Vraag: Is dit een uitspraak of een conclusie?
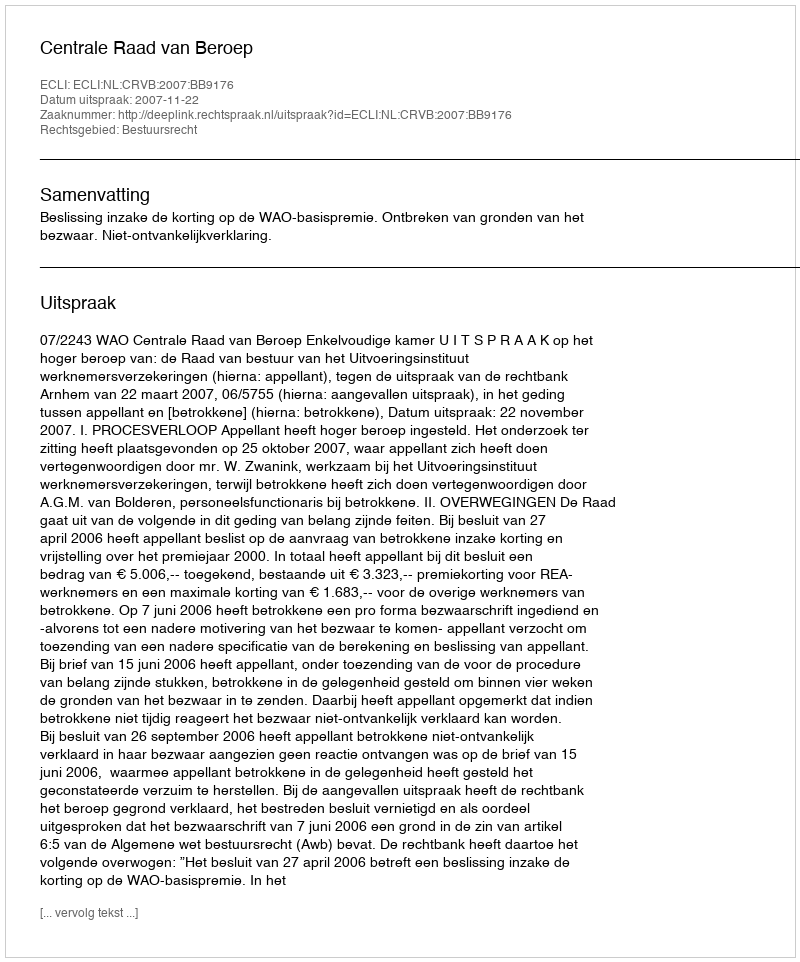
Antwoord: Uitspraak